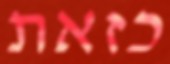
כזאת